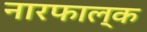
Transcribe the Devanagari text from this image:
नारफाल्क